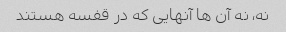
نه، نه آن ها آنهایی که در قفسه هستند